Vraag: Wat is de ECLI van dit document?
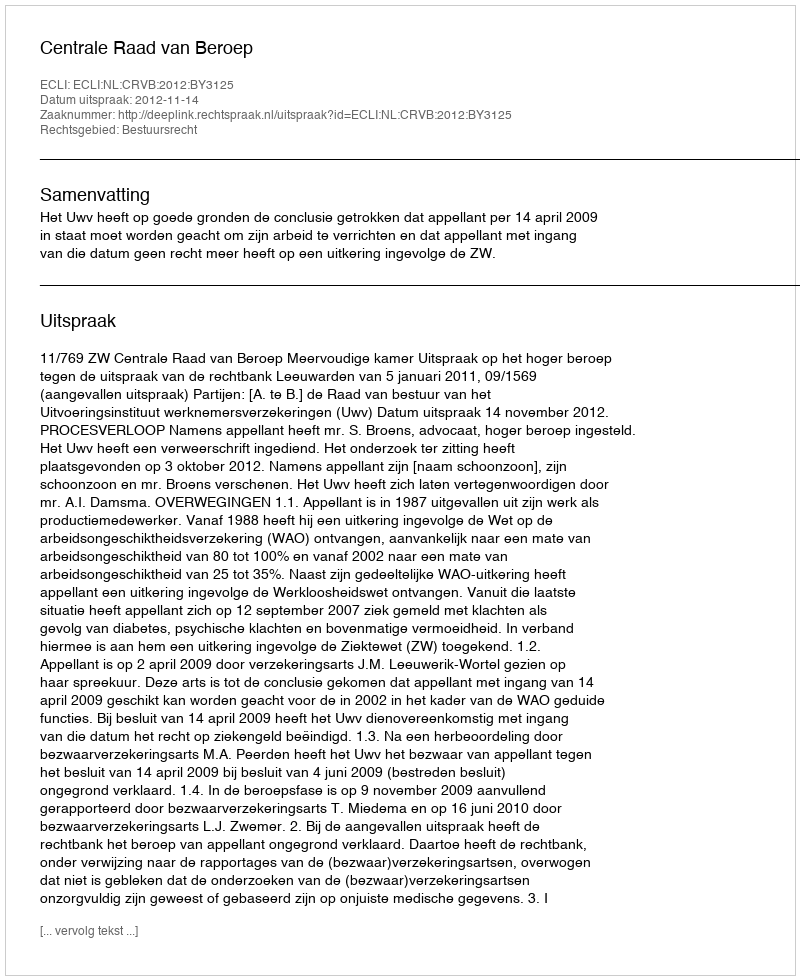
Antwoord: ECLI:NL:CRVB:2012:BY3125